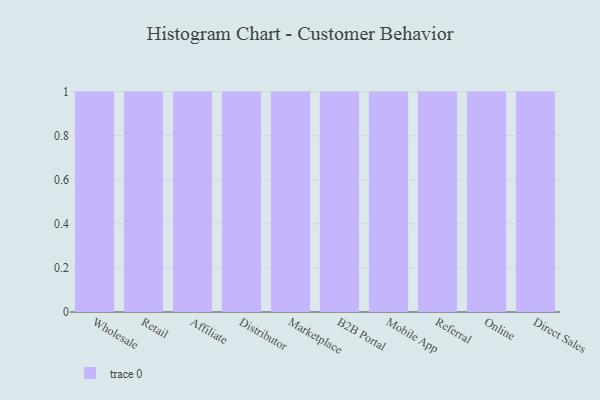
{"axis": {"x": "Channel", "y": "Headcount"}, "legend": [""], "data": [{"x": "Wholesale", "y": 44, "type": ""}, {"x": "Retail", "y": 36, "type": ""}, {"x": "Affiliate", "y": 72, "type": ""}, {"x": "Distributor", "y": 60, "type": ""}, {"x": "Marketplace", "y": 32, "type": ""}, {"x": "B2B Portal", "y": 21, "type": ""}, {"x": "Mobile App", "y": 79, "type": ""}, {"x": "Referral", "y": 68, "type": ""}, {"x": "Online", "y": 93, "type": ""}, {"x": "Direct Sales", "y": 84, "type": ""}]}